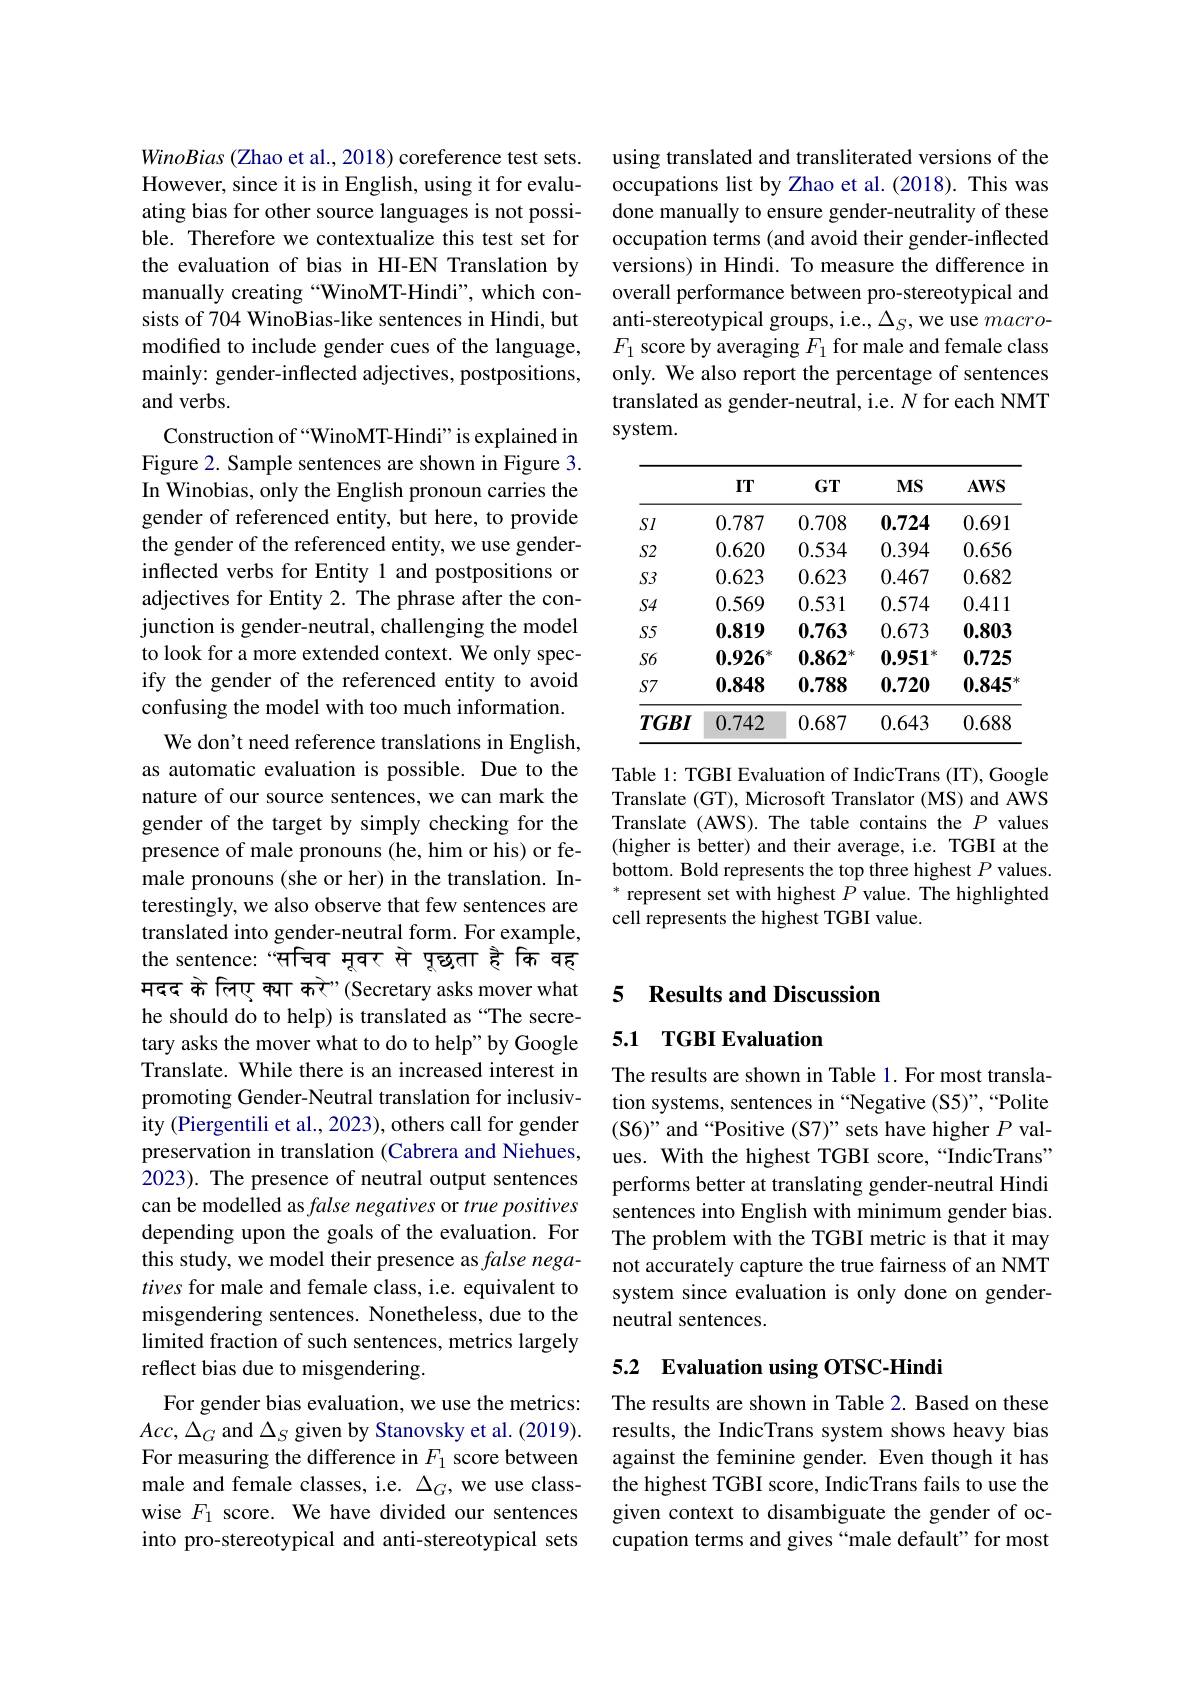
WinoBias (Zhao et al., 2018) coreference test sets. However, since it is in English, using it for evaluating bias for other source languages is not possible. Therefore we contextualize this test set for the evaluation of bias in HI-EN Translation by manually creating “WinoMT-Hindi”, which consists of 704 WinoBias-like sentences in Hindi, but modified to include gender cues of the language, mainly: gender-inflected adjectives, postpositions, and verbs.
Construction of“WinoMT-Hindi”is explained in Figure 2. Sample sentences are shown in Figure 3. In Winobias, only the English pronoun carries the gender of referenced entity, but here, to provide the gender of the referenced entity, we use genderinflected verbs for Entity 1 and postpositions or adjectives for Entity 2. The phrase after the conjunction is gender-neutral, challenging the model to look for a more extended context. We only specify the gender of the referenced entity to avoid confusing the model with too much information.
We don't need reference translations in English, as automatic evaluation is possible. Due to the nature of our source sentences, we can mark the gender of the target by simply checking for the presence of male pronouns (he, him or his) or female pronouns (she or her) in the translation. Interestingly, we also observe that few sentences are translated into gender-neutral form. For example, the sentence: “सचिव मूवर से प्व्रता ह्रे कि वह् मदद के तिए क्या करे"(Secretary asks mover what he should do to help) is translated as “The secretary asks the mover what to do to help" by Google Translate. While there is an increased interest in promoting Gender-Neutral translation for inclusivity (Piergentili et al., 2023), others call for gender preservation in translation (Cabrera and Niehues, 2023). The presence of neutral output sentences can be modelled as false negatives or true positives depending upon the goals of the evaluation. For this study, we model their presence as false negatives for male and female class, i.e. equivalent to misgendering sentences. Nonetheless, due to the limited fraction of such sentences, metrics largely reflect bias due to misgendering.
For gender bias evaluation, we use the metrics: $Acc,\Delta_{G}$ and $\Delta_S$ given by Stanovsky et al. (2019). For measuring the difference in $F_1$ score between male and female classes, i.e. $\Delta_G$, we use classwise $F_1$ score. We have divided our sentences into pro-stereotypical and anti-stereotypical sets

using translated and transliterated versions of the occupations list by Zhao et al. (2018). This was done manually to ensure gender-neutrality of these occupation terms (and avoid their gender-inflected versions) in Hindi. To measure the difference in overall performance between pro-stereotypical and anti-stereotypical groups, i.e., $\Delta_S$, we use macro- $F_1$ score by averaging $F_1$ for male and female class only. We also report the percentage of sentences translated as gender-neutral, i.e. $N$ for each NMT system.

<table>
	<tbody>
		<tr>
			<th> </th>
			<th>$ITT$</th>
			<th>$GT$</th>
			<th>$MS$</th>
			<th>$AWS$</th>
		</tr>
		<tr>
			<td>$SI$</td>
			<td>0.787</td>
			<td>0.708</td>
			<td>0.724</td>
			<td>0.691</td>
		</tr>
		<tr>
			<td>$S2$</td>
			<td>0.620</td>
			<td>0.534</td>
			<td>0.394</td>
			<td>0.656</td>
		</tr>
		<tr>
			<td>$S3$</td>
			<td>0.623</td>
			<td>0.623</td>
			<td>0.467</td>
			<td>0.682</td>
		</tr>
		<tr>
			<td>$S4$</td>
			<td>0.569</td>
			<td>0.531</td>
			<td>0.574</td>
			<td>0.411</td>
		</tr>
		<tr>
			<td>$S5$</td>
			<td>0.819</td>
			<td>0.763</td>
			<td>0.673</td>
			<td>0.803</td>
		</tr>
		<tr>
			<td>$S6$</td>
			<td>0.926</td>
			<td>0.862 米</td>
			<td>0.951</td>
			<td>0.725</td>
		</tr>
		<tr>
			<td>$S7$</td>
			<td>0.848</td>
			<td>0.788</td>
			<td>0.720</td>
			<td>0.845</td>
		</tr>
		<tr>
			<td>$TGBI$</td>
			<td>0.742</td>
			<td>0.687</td>
			<td>0.643</td>
			<td>0.688</td>
		</tr>
	</tbody>
</table>

Table 1: TGBI Evaluation of IndicTrans (IT), Google Translate (GT), Microsoft Translator (MS) and AWS Translate (AWS). The table contains the $P$ values (higher is better) and their average, i.e. TGBI at the bottom. Bold represents the top three highest $P$ values * represent set with highest $P$ value. The highlighted cell represents the highest TGBI value

## 5 Results and Discussion

## 5.1 TGBI Evaluation

The results are shown in Table 1. For most translation systems, sentences in “Negative (S5)”,“Polite (S6)" and “Positive (S7)” sets have higher $P$ values. With the highest TGBI score,“IndicTrans” performs better at translating gender-neutral Hindi sentences into English with minimum gender bias. The problem with the TGBI metric is that it may not accurately capture the true fairness of an NMT system since evaluation is only done on genderneutral sentences.

## 5.2 Evaluation using OTSC-Hindi

The results are shown in Table 2. Based on these results, the IndicTrans system shows heavy bias against the feminine gender. Even though it has the highest TGBI score, IndicTrans fails to use the given context to disambiguate the gender of occupation terms and gives “male default" for most